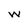
Character: w